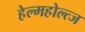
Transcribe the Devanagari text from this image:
हेल्महोल्त्ज